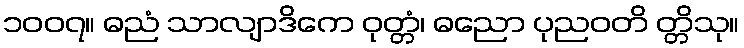
၁၀၀၇။ ဓညံ သာလျာဒိကေ ဝုတ္တံ၊ ဓညော ပုညဝတိ တ္တိသု။